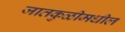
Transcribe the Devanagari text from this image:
जातकुळीमधील